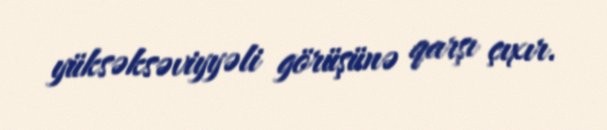
yüksəksəviyyəli görüşünə qarşı çıxır.